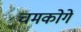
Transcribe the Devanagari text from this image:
चमकोगे